Vaccination in Bombay 1874-1876 - 1874-1876
Year: 1874
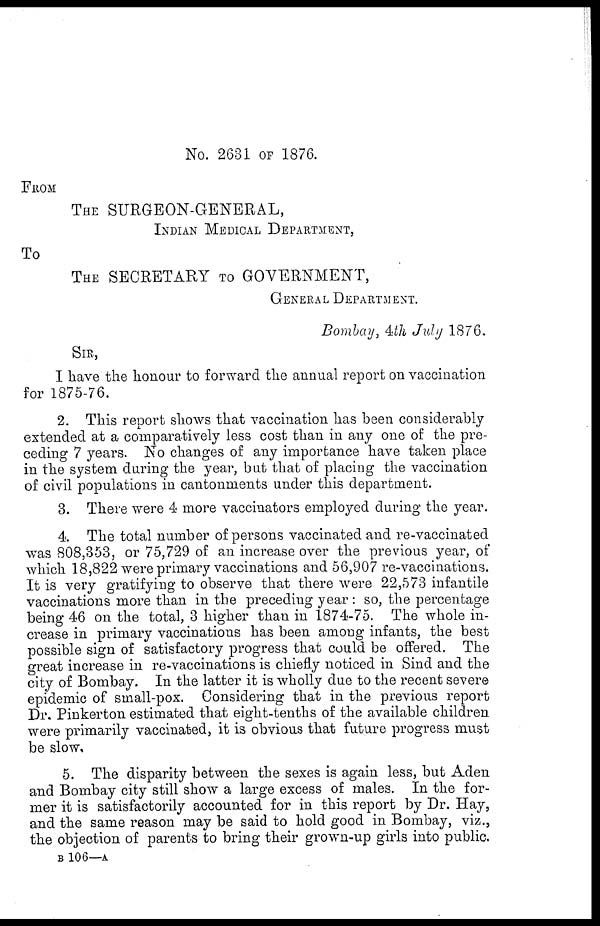
No. 2631 OF 1876.
FROM
THE SURGEON-GENERAL,
INDIAN MEDICAL DEPARTMENT,
To
THE SECRETARY TO GOVERNMENT,
GENERAL DEPARTMENT.
Bombay, 4th July 1876.
SIR,
I have the honour to forward the annual report on vaccination
for 1875-76.
2. This report shows that vaccination has been considerably
extended at a comparatively less cost than in any one of the pre-
ceding 7 years. No changes of any importance have taken place
in the system during the year, but that of placing the vaccination
of civil populations in cantonments under this department.
3. There were 4 more vaccinators employed during the year.
4. The total number of persons vaccinated and re-vaccinated
was 808,353, or 75,729 of an increase over the previous year, of
which 18,822 were primary vaccinations and 56,907 re-vaccinations.
It is very gratifying to observe that there were 22,573 infantile
vaccinations more than in the preceding year : so, the percentage
being 46 on the total, 3 higher than in 1874-75. The whole in-
crease in primary vaccinations has been among infants, the best
possible sign of satisfactory progress that could be offered. The
great increase in re-vaccinations is chiefly noticed in Sind and the
city of Bombay. In the latter it is wholly due to the recent severe
epidemic of small-pox. Considering that in the previous report
Dr. Pinkerton estimated that eight-tenths of the available children
were primarily vaccinated, it is obvious that future progress must
be slow.
5. The disparity between the sexes is again less, but Aden
and Bombay city still show a large excess of males. In the for-
mer it is satisfactorily accounted for in this report by Dr. Hay,
and the same reason may be said to hold good in Bombay, viz.,
the objection of parents to bring their grown-up girls into public.
B 106—A